King Institute of Preventive Medicine Bacteriolog. Section reports 1907-08
Year: 1907
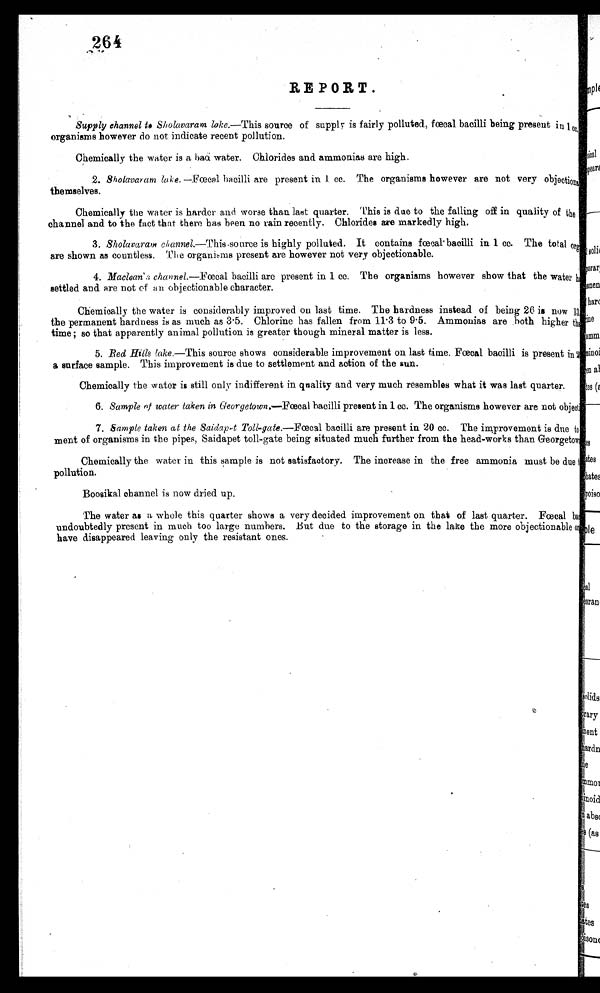
264
REPORT.
Supply channel to Sholavaran lake.—This source of supply is fairly polluted, f œc al bacilli being present in 1 cc.
organisms however do not indicate recent pollution.
Chemically the water is a bad water. Chlorides and ammonias are high.
2.
Sholavaran lake. —Fæcal bacilli are present in 1 cc. The organisms however are not very objections
themselves.
Chemically the water is harder and worse than last quarter. This is due to the falling off in quality of the
channel and to the fact that there has been no rain recently. Chlorides are markedly high.
3.
Sholavaram channel.—This source is highly polluted. It contains fæcal bacilli in 1 cc. The total org<illigeble>
are shown as countless. The organisms present are however not very objectionable.
4. Maclean's channel.—fæcal bacilli are present in 1 cc. The organisms however show that the water h
settled and are not of an objectionable character.
Chemically the water is considerably improved on last time. The hardness instead of being 26 is now 13
the permanent hardness is as much as 3·.5. Chlorine has fallen from 11·3 to 9·5. Ammonias are both higher tha<illigeble>
time ; so that apparently animal pollution is greater though mineral matter is less.
5. Red Hills lake.— This source shows considerable improvement on last time. F æ cal bacilli is present in <illigebel>
a surface sample. This improvement is due to settlement and action of the sun.
Chemically the water is still only indifferent in quality and very much resembles what it was last quarter.
6. Sample of water taken in Georgetown.—Fæcal bacilli present in 1 cc. The organisms however are not object
7. Sample taken at the Saidapet Toll-gate.—Fæcal bacilli are present in 20 cc. The improvement is due to<illigeble>
meant of organisms in the pipes, Saidapet toll-gate being situated much further from the head-works than Georgetown.
Chemically the water in this sample is not satisfactory. The increase in the free ammonia must be due
pollution.
Boosikal channel is now dried up.
The water as a whole this quarter shows a very decided improvement on that of last quarter. F æ c a l ba <i l l i ge bl e >
undoubtedly present in much too large numbers. But due to the storage in the lake the more objectionable o<illigeble>
have disappeared leaving only the resistant ones.